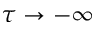
\tau \to - \infty